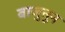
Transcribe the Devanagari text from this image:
बाजुतून